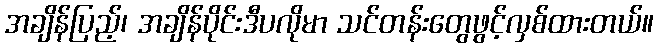
အချိန်ပြည့်၊ အချိန်ပိုင်းဒီပလိုမာ သင်တန်းတွေဖွင့်လှစ်ထားတယ်။